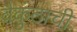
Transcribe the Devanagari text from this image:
वैकुंठाची